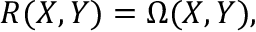
\, R ( X , Y ) = \Omega ( X , Y ) ,